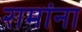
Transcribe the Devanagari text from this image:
रामांना